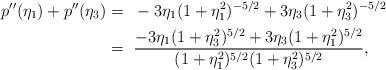
LaTeX: \begin{align*}p''(\eta_1)+p''(\eta_3)=~&-3\eta_1(1+\eta_1^2)^{-5/2}+3\eta_3(1+\eta_3^2)^{-5/2}\\=~&\frac{-3\eta_1(1+\eta_3^2)^{5/2}+3\eta_3(1+\eta_1^2)^{5/2}}{(1+\eta_1^2)^{5/2}(1+\eta_3^2)^{5/2}},\end{align*}